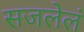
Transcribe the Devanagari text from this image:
सजलेलं